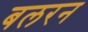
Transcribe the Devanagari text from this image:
बलरन